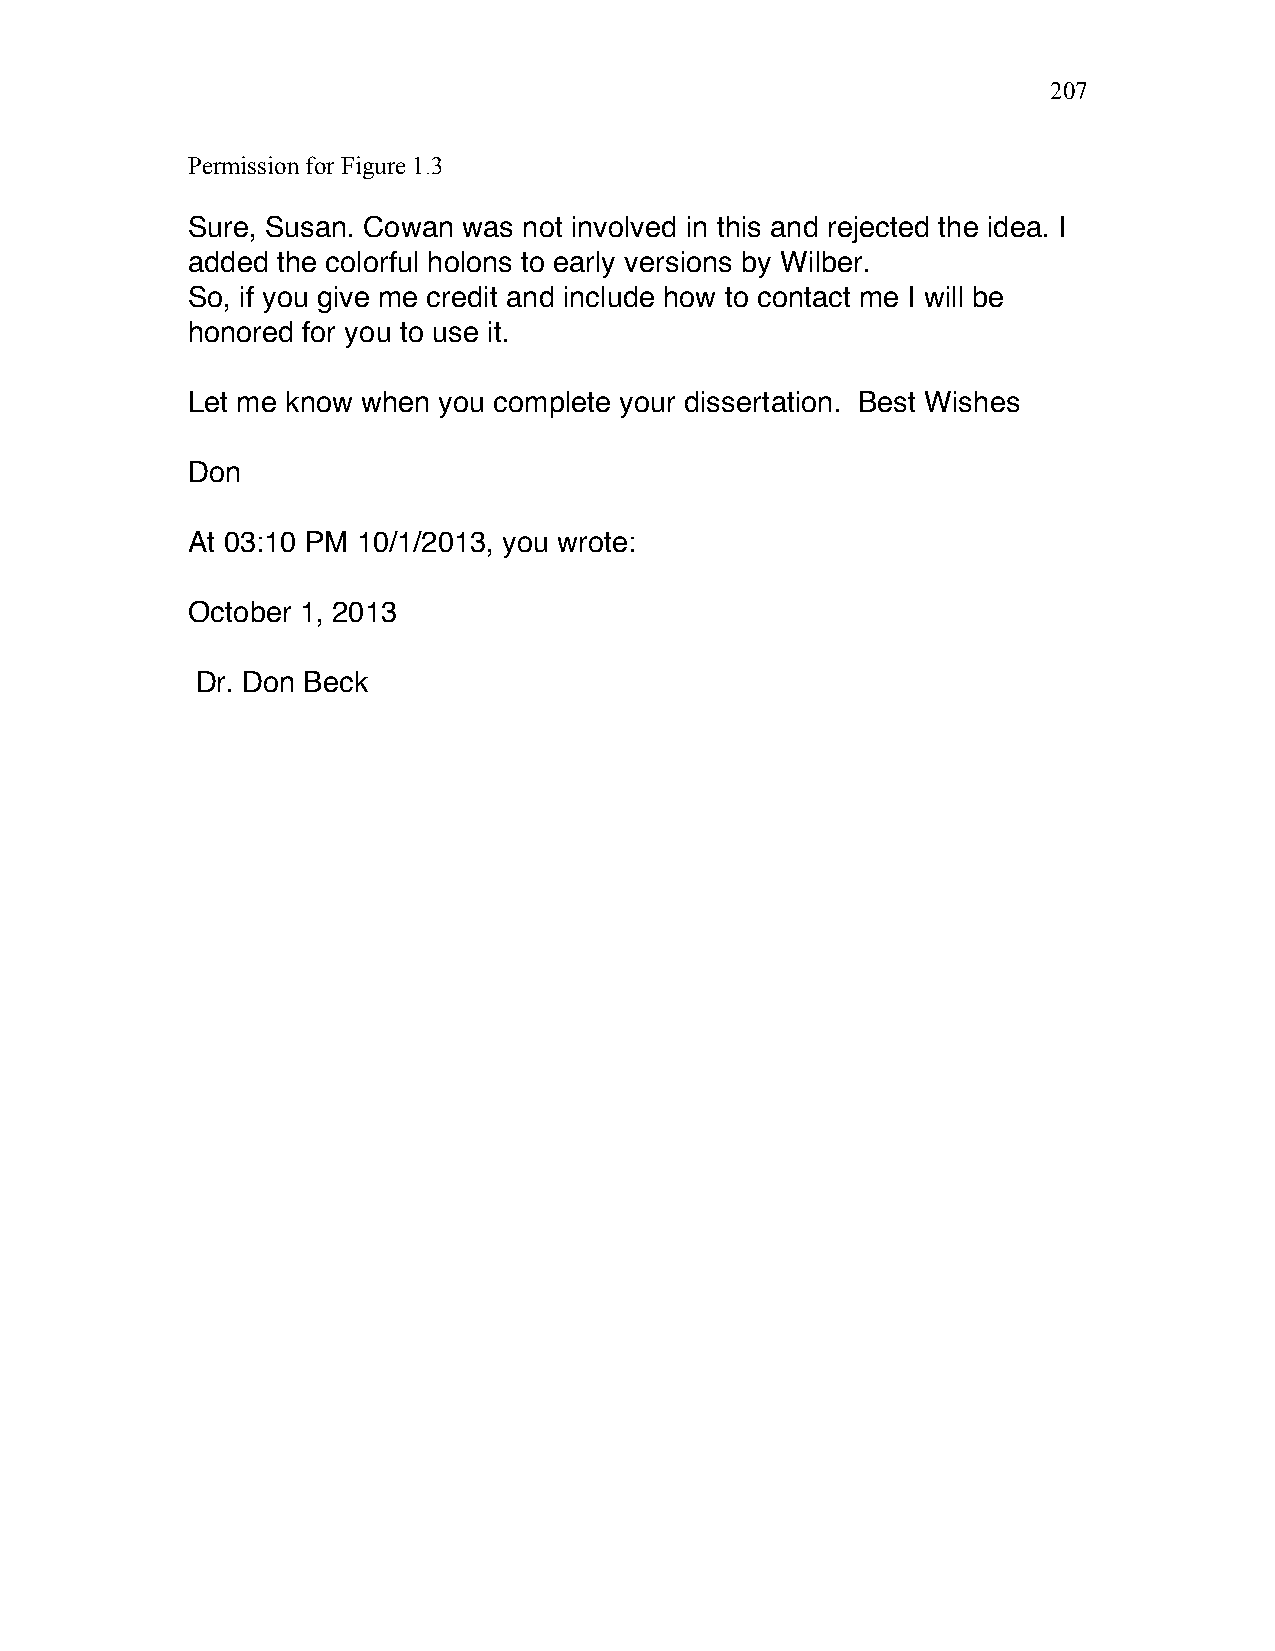
207
 Permission for Figure 1.3
 Sure, Susan. Cowan was not involved in this and rejected the idea. I
 added the colorful holons to early versions by Wilber.
 So, if you give me credit and include how to contact me I will be
 honored for you to use it.
 Let me know when you complete your dissertation. Best Wishes
 Don
 At 03:10 PM 10/1/2013, you wrote:
 October 1, 2013
 Dr. Don Beck